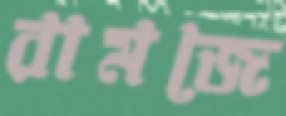
রামজে